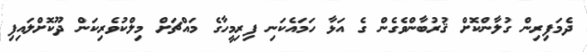
ދެމަފިރިން ގުލާންކޮށް ޤުރުބާންވެގެން ގެ އަޅާ ހަމައެކަނި ފިރިމީހާގެ މައްޗަށް މިލްކުވެރިކަން ދޫކޮށްލައިފި